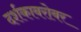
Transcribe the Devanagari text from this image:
दर्शकाबरोबर